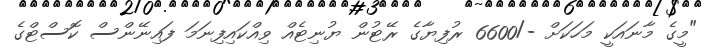
"މީގެ މާނައަކީ މަހަކަށް -/6600 ރުފިޔާގެ ރޭޓުން ޔުނިޓެއް ވިއްކައިފިނަމަ ފައިނޭންސް ކޮސްޓްގެ